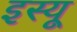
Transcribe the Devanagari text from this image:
इस्यू